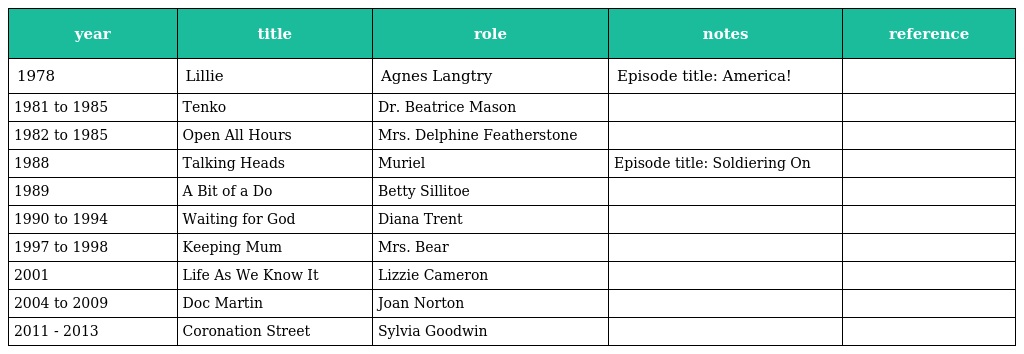
| year | title | role | notes | reference |
 | --- | --- | --- | --- | --- |
 | 1978 | Lillie | Agnes Langtry | Episode title: America! |  |
 | 1981 to 1985 | Tenko | Dr. Beatrice Mason |  |  |
 | 1982 to 1985 | Open All Hours | Mrs. Delphine Featherstone |  |  |
 | 1988 | Talking Heads | Muriel | Episode title: Soldiering On |  |
 | 1989 | A Bit of a Do | Betty Sillitoe |  |  |
 | 1990 to 1994 | Waiting for God | Diana Trent |  |  |
 | 1997 to 1998 | Keeping Mum | Mrs. Bear |  |  |
 | 2001 | Life As We Know It | Lizzie Cameron |  |  |
 | 2004 to 2009 | Doc Martin | Joan Norton |  |  |
 | 2011 - 2013 | Coronation Street | Sylvia Goodwin |  |  |